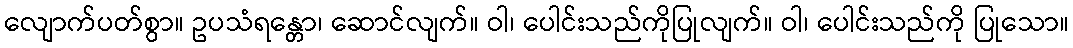
လျောက်ပတ်စွာ။ ဥပသံရန္တော၊ ဆောင်လျက်။ ဝါ၊ ပေါင်းသည်ကိုပြုလျက်။ ဝါ၊ ပေါင်းသည်ကို ပြုသော။